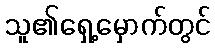
သူ၏ရှေ့မှောက်တွင်